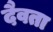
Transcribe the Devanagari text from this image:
दैवता